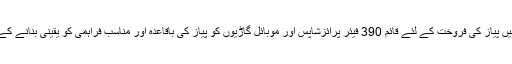
وزیر موصوف نے ہدایت کی کہ دہلی کے تمام 70 اسمبلی حلقوں میں پیاز کی فروخت کے لئے قائم 390 فیئر پرائزشاپس اور موبائل گاڑیوں کو پیاز کی باقاعدہ اور مناسب فراہمی کو یقینی بنانے کے لئے تمام ایجنسیاں ایک دوسرے کے ساتھ ہم آہنگی سے کام کریں۔